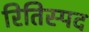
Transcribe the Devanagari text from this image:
रितिस्पद